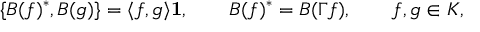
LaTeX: \{ B ( f ) ^ { * } , B ( g ) \} = \langle f , g \rangle { \bf 1 } , \qquad B ( f ) ^ { * } = B ( \Gamma f ) , \qquad f , g \in { \cal K } ,